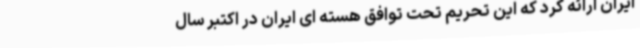
ایران ارائه کرد که این تحریم تحت توافق هسته ای ایران در اکتبر سال